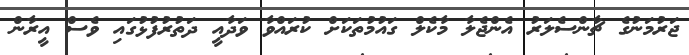
ޖަރުމަނުގެ ޗާންސެލަރު އެންޖެލާ މާކެލް ގައުމުތަކަށް ކުރައްވާ ވަދާއީ ދަތުރުފުޅުގައި ވެސް އީރާން